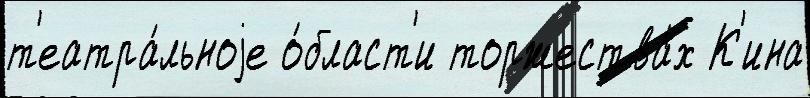
т'еатра́льноjе о́бласт'и торжества́х К'ина